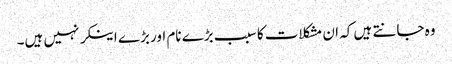
وہ جانتے ہیں کہ ان مشکلات کا سبب بڑے نام اور بڑے اینکر نہیں ہیں۔